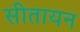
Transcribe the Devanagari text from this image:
सीतायन